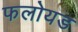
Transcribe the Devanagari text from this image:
फलोयड